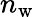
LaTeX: n_{\mathrm{w}}